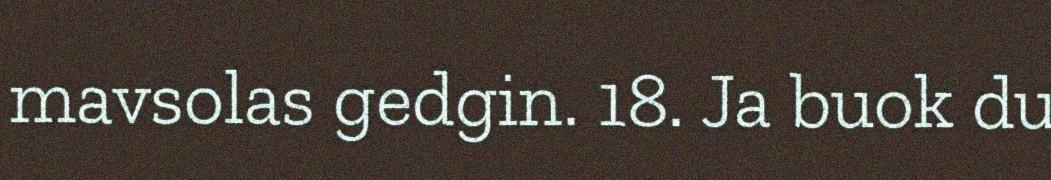
mavsolas gedgin. 18. Ja buok du